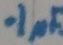
Text: .1pF